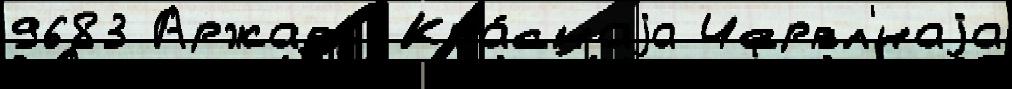
9683 Аржава Кра́снаjа Червл'́наjа